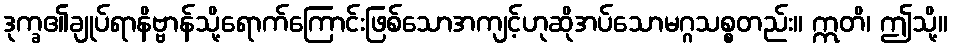
ဒုက္ခ၏ချုပ်ရာနိဗ္ဗာန်သို့ရောက်ကြောင်းဖြစ်သောအကျင့်ဟုဆိုအပ်သောမဂ္ဂသစ္စတည်း။ ဣတိ၊ ဤသို့။